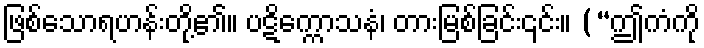
ဖြစ်သောရဟန်းတို့၏။ ပဋိက္ကောသနံ၊ တားမြစ်ခြင်း၎င်း။ (“ဤကံကို